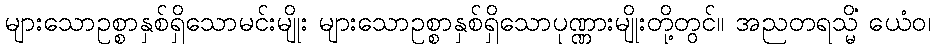
များသောဥစ္စာနှစ်ရှိသောမင်းမျိုး များသောဥစ္စာနှစ်ရှိသောပုဏ္ဏားမျိုးတို့တွင်။ အညတရသ္မိံ ယေံဝ၊